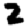
Digit: 2